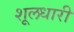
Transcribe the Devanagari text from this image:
शूलधारी